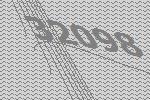
32098